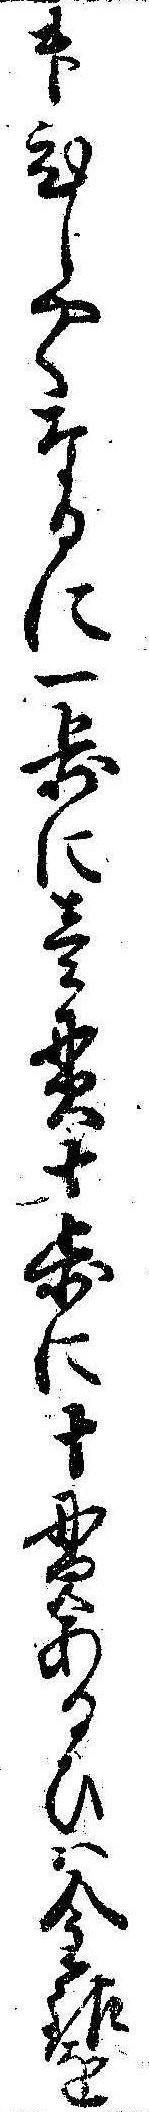
舛ひしやくなるに一歩に壱貫十歩に十貫あるひは金銀を